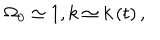
\Omega _ { 0 } \simeq 1 , k \simeq k \left( t \right) ,